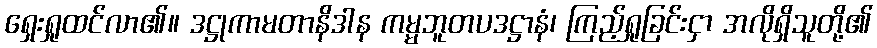
ရှေးရှုထင်လာ၏။ ဒဋ္ဌုကာမတာနိဒါန ကမ္မဘူတပဒဋ္ဌာနံ၊ ကြည့်ရှုခြင်းငှာ အလိုရှိသူတို့၏